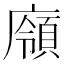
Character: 𢋞